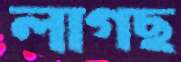
লাগছ